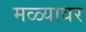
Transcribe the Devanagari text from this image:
मळ्यावर